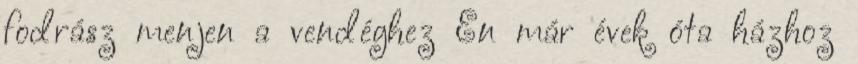
fodrász menjen a vendéghez Én már évek óta házhoz